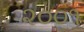
૨૦૦૧